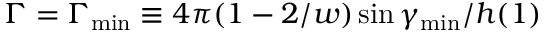
\Gamma = \Gamma _ { \operatorname* { m i n } } \equiv 4 \pi ( 1 - 2 / w ) \sin \gamma _ { \operatorname* { m i n } } / h ( 1 )